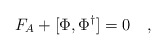
\begin{align*}F_A + [\Phi , \Phi^\dagger] = 0 \quad,\end{align*}